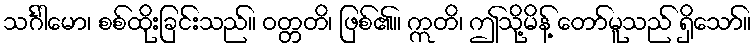
သင်္ဂါမော၊ စစ်ထိုးခြင်းသည်။ ဝတ္တတိ၊ ဖြစ်၏။ ဣတိ၊ ဤသို့မိန့် တော်မူသည် ရှိသော်။